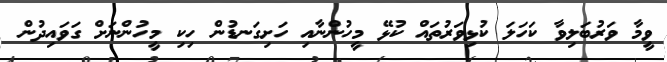
ވީމާ ވަރުބަލިވާ ކަހަލަ ކުޅިވަރުތައް ކުޅޭ މީހުންނާއި ހަށިގަނޑުން ހިކި މީހުންނަށް ގަވައިދުން